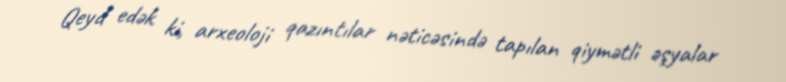
Qeyd edək ki, arxeoloji qazıntılar nəticəsində tapılan qiymətli əşyalar